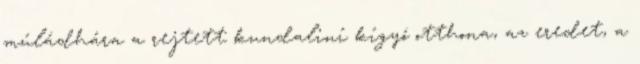
múládhára a rejtett kundaliní kígyó otthona, az eredet, a